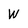
Character: W